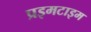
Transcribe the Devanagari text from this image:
प्रइमटाइम